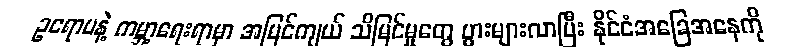
ဥရောပနဲ့ ကမ္ဘာ့ရေးရာမှာ အမြင်ကျယ် သိမြင်မှုတွေ ပွားများလာပြီး နိုင်ငံအခြေအနေကို